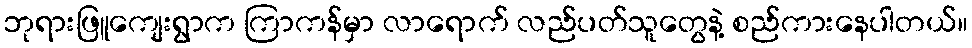
ဘုရားဖြူကျေးရွာက ကြာကန်မှာ လာရောက် လည်ပတ်သူတွေနဲ့ စည်ကားနေပါတယ်။